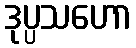
ဒုပ္ပသဟော